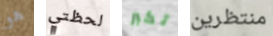
هو لحظتي تكبر منتظرين